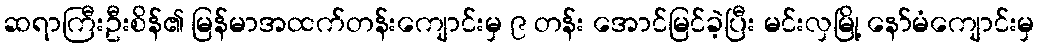
ဆရာကြီးဦးစိန်၏ မြန်မာအထက်တန်းကျောင်းမှ ၉ တန်း အောင်မြင်ခဲ့ပြီး မင်းလှမြို့ နော်မံကျောင်းမှ